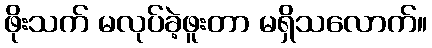
ဖိုးသက် မလုပ်ခဲ့ဖူးတာ မရှိသလောက်။